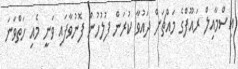
އިސްމާއިލް ރައޫފްގެ މައްޗަށް ދައުވާ ކުރަން ފުލުހުން ފޮނުވާފައި ވަނީ މެއި ހަތްވަނަ